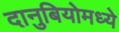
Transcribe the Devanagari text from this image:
दानुबियोमध्ये